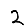
Digit: 2